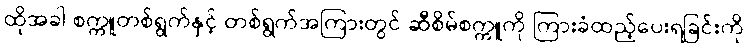
ထိုအခါ စက္ကူတစ်ရွက်နှင့် တစ်ရွက်အကြားတွင် ဆီစိမ်စက္ကူကို ကြားခံထည့်ပေးရခြင်းကို